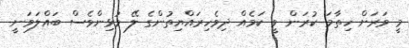
މީ ވަރަށް ހިތާމަ ކުރަން ވީ ކަމެއް ދިވެހިރައްޔިތުންގެ ލޭ މުޅިންވެސް ބައްލަވަނީ